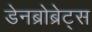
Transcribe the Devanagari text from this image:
डेनब्रोब्रेट्स